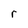
Character: r